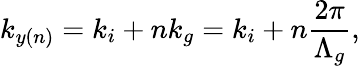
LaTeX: k_{y(n)}=k_{i}+nk_{g}=k_{i}+n\frac{2\pi}{\Lambda_{g}},